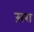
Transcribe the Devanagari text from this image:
स़रा